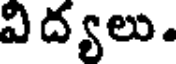
విద్యలు.